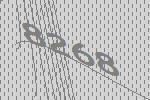
8268